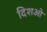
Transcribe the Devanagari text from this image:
दिशओ